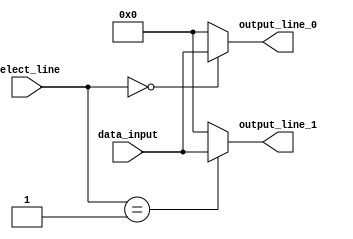
module demultiplexer(
    input wire [7:0] data_input,
    input wire [2:0] select_line,
    output reg [7:0] output_line_0,
    output reg [7:0] output_line_1
);

always @(data_input, select_line) begin
    case(select_line)
        3'b000: begin
            output_line_0 <= data_input;
            output_line_1 <= 8'b00000000;
        end
        3'b001: begin
            output_line_0 <= 8'b00000000;
            output_line_1 <= data_input;
        end
        default: begin
            output_line_0 <= 8'b00000000;
            output_line_1 <= 8'b00000000;
        end
    endcase
end

endmodule